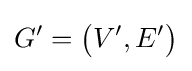
G'={\bigl (}{V',E'}{\bigr )}